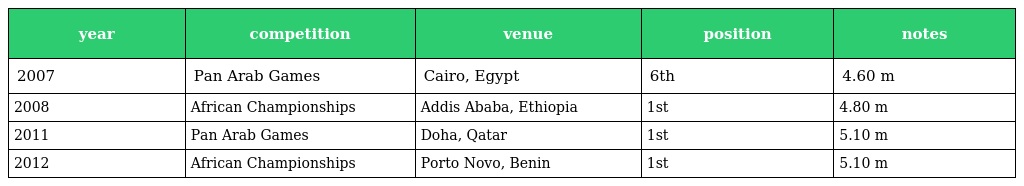
| year | competition | venue | position | notes |
 | --- | --- | --- | --- | --- |
 | 2007 | Pan Arab Games | Cairo, Egypt | 6th | 4.60 m |
 | 2008 | African Championships | Addis Ababa, Ethiopia | 1st | 4.80 m |
 | 2011 | Pan Arab Games | Doha, Qatar | 1st | 5.10 m |
 | 2012 | African Championships | Porto Novo, Benin | 1st | 5.10 m |